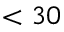
< 3 0